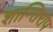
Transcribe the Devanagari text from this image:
शान्तिराप